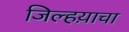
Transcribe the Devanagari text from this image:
जिल्हय़ाचा